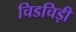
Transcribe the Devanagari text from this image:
चिडचिड़ी